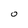
Character: O